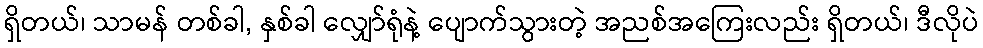
ရှိတယ်၊ သာမန် တစ်ခါ, နှစ်ခါ လျှော်ရုံနဲ့ ပျောက်သွားတဲ့ အညစ်အကြေးလည်း ရှိတယ်၊ ဒီလိုပဲ